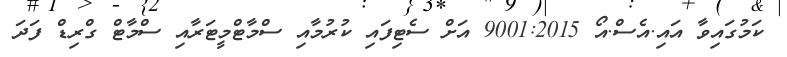
ކަމުގައިވާ އައި.އެސް.އޯ 9001:2015 އަށް ސެޓިފައި ކުރުމާއި ސްމާޓްމީޓަރާއި ސްމާޓް ގްރިޑް ފަދަ